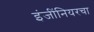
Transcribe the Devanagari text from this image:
इंजींनियरचा